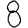
Digit: 8